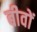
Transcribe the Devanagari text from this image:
बीवों